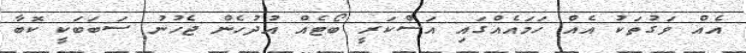
އެއް ވަގުތަކު އެއް ހަމައެއްގައި އަސްކަރީ ބޯޓެއް އުދުހެން ޖެހުނު ސަބަބަކީ ކޮބާ